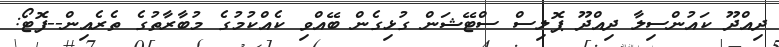
ދިއްދޫ ކައުންސިލާ ދިއްދޫ ޕޮލިސް ސްޓޭޝަން ގުޅިގެން ބޭއްވި ކެއްކުމުގެ މުބާރާތުގެ ތެރެއިން--ފޮޓޯ: